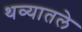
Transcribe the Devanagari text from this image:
थव्यातले